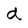
Character: d